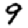
Digit: 9